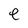
Character: e